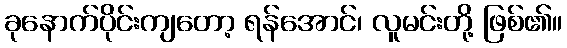
ခုနောက်ပိုင်းကျတော့ ရန်အောင်၊ လူမင်းတို့ ဖြစ်၏။